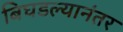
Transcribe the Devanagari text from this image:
बिघडल्यानंतर